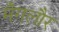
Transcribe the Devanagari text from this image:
मँगलौर